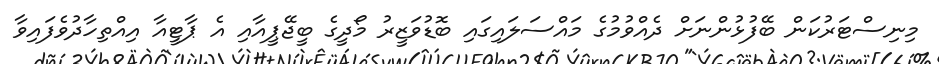
މިނިސްޓަރުކަން ބޭފުޅުންނަށް ދެއްވުމުގެ މައްސަލައިގައި ބޮޑުވަޒީރު މޯދީގެ ބީޖޭޕީއާއި އެ ޕާޓީއާ އިއްތިހާދުވެފައިވާ